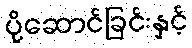
ပို့ဆောင်ခြင်းနှင့်